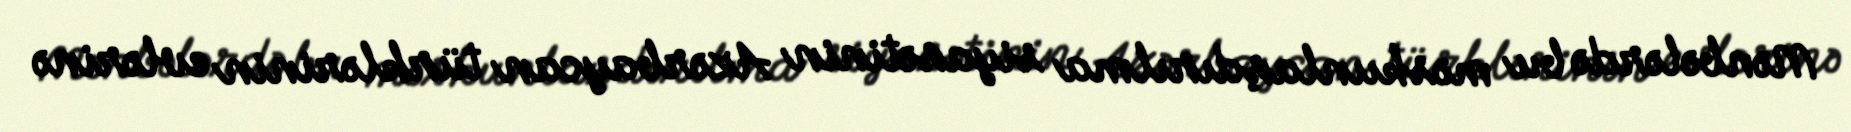
Mənbələrdə bu məskunlaşdırılma siyasətinin Azərbaycan türklərinin evlərinə